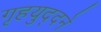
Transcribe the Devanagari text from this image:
गृहयुद्दने